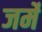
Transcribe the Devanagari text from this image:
जर्मे